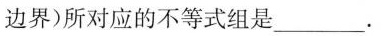
边界)所对应的不等式组是___.